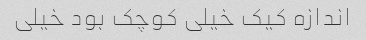
اندازه کیک خیلی کوچک بود خیلی